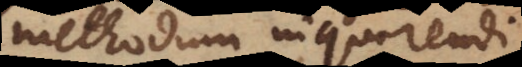
methodum inquirendi